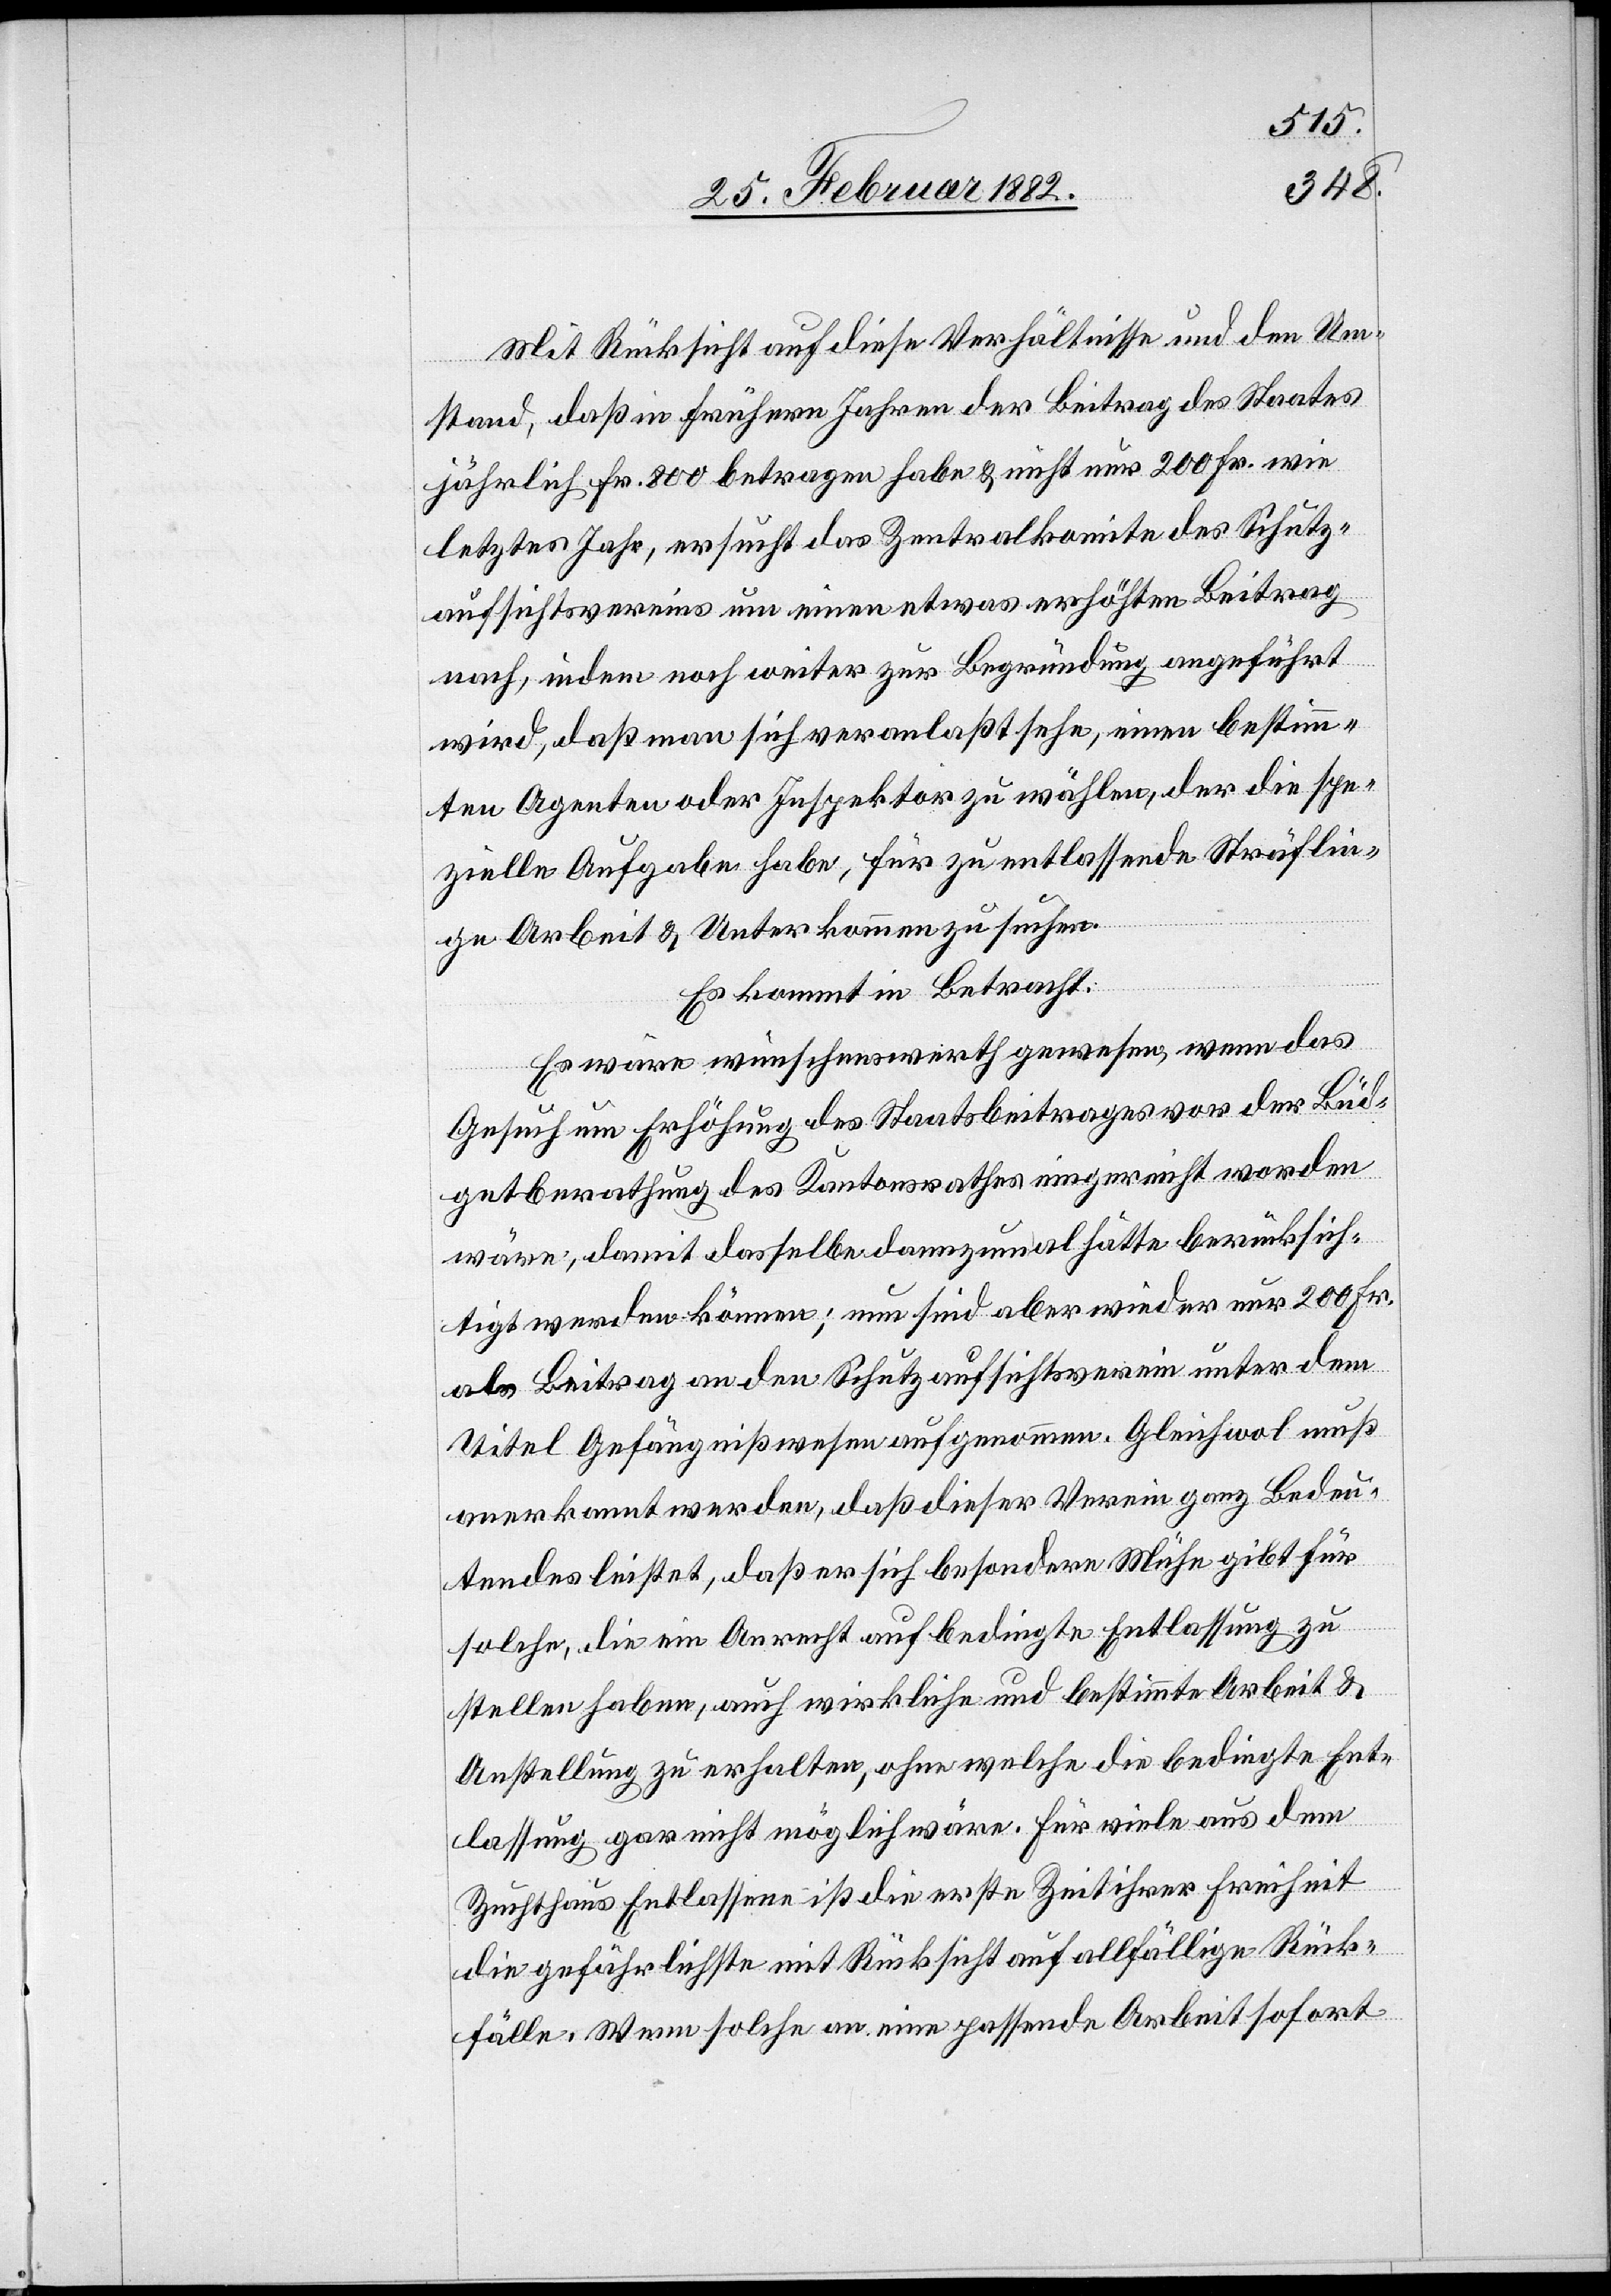
Mit Rücksicht auf diese Verhältnisse und den Um¬
stand, daß in frühern Jahren der Beitrag des Staates
jährlich Fr. 800 betragen habe & nicht nur 200 Fr. wie
letztes Jahr, ersucht das Zentralkomite des Schutz¬
aufsichtsvereins um einen etwas erhöhten Beitrag
nach, indem noch weiter zur Begründung angeführt
wird, daß man sich veranlaßt sehe, einen bestimm¬
ten Agenten oder Inspektor zu wählen, der die spe¬
zielle Aufgabe habe, für zu entlassende Sträflin¬
ge Arbeit & Unterkommen zu suchen.
Es kommt in Betracht:
Es wäre wünschenswerth gewesen, wenn das
Gesuch um Erhöhung des Staatsbeitrages vor der Büd¬
getberathung des Kantonsrathes eingereicht worden
wäre; damit dasselbe dannzumal hätte berücksich¬
tigt werden können; nun sind aber wieder nur 200 Fr.
als Beitrag an den Schutzaufsichtsverein unter dem
Titel Gefägnißwesen aufgenommen. Gleichwol muß
anerkannt werden, daß dieser Verein ganz Bedeu¬
tendes leistet, daß er sich besondere Mühe gibt für
solche, die ein Anrecht auf bedingte Entlassung zu
stellen haben, auch wirkliche und bestimmte Arbeit &
Anstellung zu erhalten, ohne welche die bedingte Ent¬
lassung gar nicht möglich wäre. Für viele aus dem
Zuchthaus Entlassene ist die erste Zeit ihrer Freiheit
die gefährlichste mit Rücksicht auf allfällige Rück¬
fälle. Wenn solche an eine passende Arbeit sofort